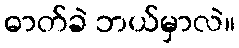
ဓာတ်ခဲ ဘယ်မှာလဲ။